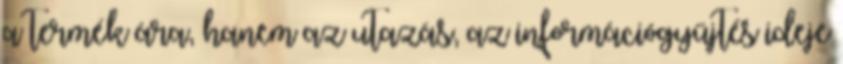
a termék ára, hanem az utazás, az információgyűjtés ideje